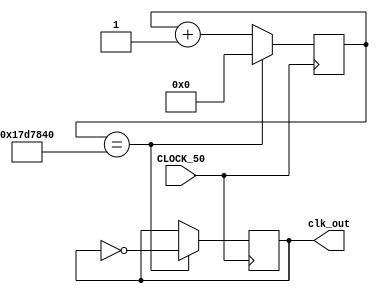
module div_to_1(input CLOCK_50, output reg clk_out);
	
	parameter scale = 25000000;
	reg [24:0] count;

	initial count = 1'd0;
	initial clk_out = 1'b0;

	always @(posedge CLOCK_50) begin 
		if (count == scale) begin
			count <= 25'd0;
			clk_out <= !clk_out;
		end
		else count <= count + 1;

	end


endmodule